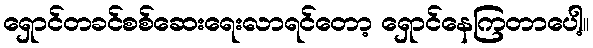
ရှောင်တခင်စစ်ဆေးရေးလာရင်တော့ ရှောင်နေကြတာပေါ့။